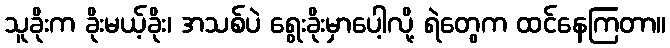
သူခိုးက ခိုးမယ့်ခိုး၊ အသစ်ပဲ ရွေးခိုးမှာပေါ့လို့ ရဲတွေက ထင်နေကြတာ။